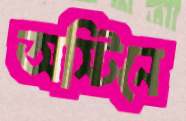
অস্টিনে